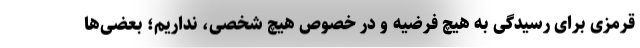
قرمزی برای رسیدگی به هیچ فرضیه و در خصوص هیچ شخصی، نداریم؛ بعضی‌ها